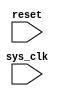
module SPI_Timing_Control_Sync (
    input wire sys_clk,
    input wire reset,
    
    // Add any necessary input/output ports here
    
);

reg [7:0] clk_div_counter;
reg spi_clk;
reg [1:0] state;

parameter CLK_DIV = 4; // Change this value based on the required clock frequency for the SPI bus

always @(posedge sys_clk or posedge reset) begin
    if (reset) begin
        clk_div_counter <= 8'h00;
        spi_clk <= 1'b0;
        state <= 2'b00;
    end else begin
        // Clock divider logic
        if (clk_div_counter == CLK_DIV-1) begin
            clk_div_counter <= 8'h00;
            spi_clk <= ~spi_clk;
        end else begin
            clk_div_counter <= clk_div_counter + 1;
        end
        
        // State machine for data transmission timing control
        case (state)
            2'b00: begin // State 0
                // Add logic for state 0 here
                state <= 2'b01;
            end
            2'b01: begin // State 1
                // Add logic for state 1 here
                state <= 2'b10;
            end
            2'b10: begin // State 2
                // Add logic for state 2 here
                state <= 2'b00;
            end
            default: state <= 2'b00; // Default to State 0
        endcase
    end
end

// Add any necessary logic for data synchronization here

endmodule